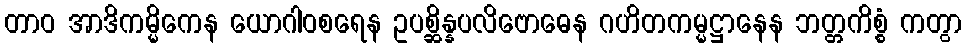
တာဝ အာဒိကမ္မိကေန ယောဂါဝစရေန ဥပစ္ဆိန္နပလိဗောဓေန ဂဟိတကမ္မဋ္ဌာနေန ဘတ္တကိစ္စံ ကတွာ